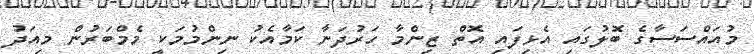
މުއައްސަސާގެ ބޮލުގައި އެޅިފައި އޮތް ޒިންމާ ހަރުދަނާ ކަމާއެކު ނިންމުމަކީ މެމްބަރުން މިއަދު